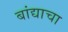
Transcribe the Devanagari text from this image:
बांद्याचा